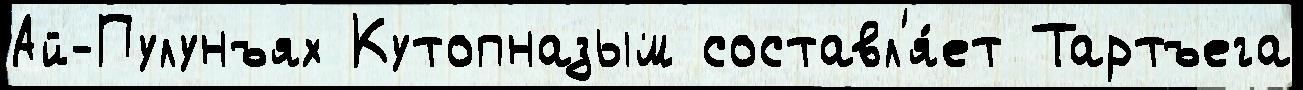
Ай-Пулунъях Кутопназым составл'я́ет Тартъега